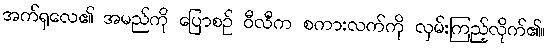
အက်ရှလေ၏ အမည်ကို ပြောစဉ် ဝီလီက စကားလက်ကို လှမ်းကြည့်လိုက်၏။